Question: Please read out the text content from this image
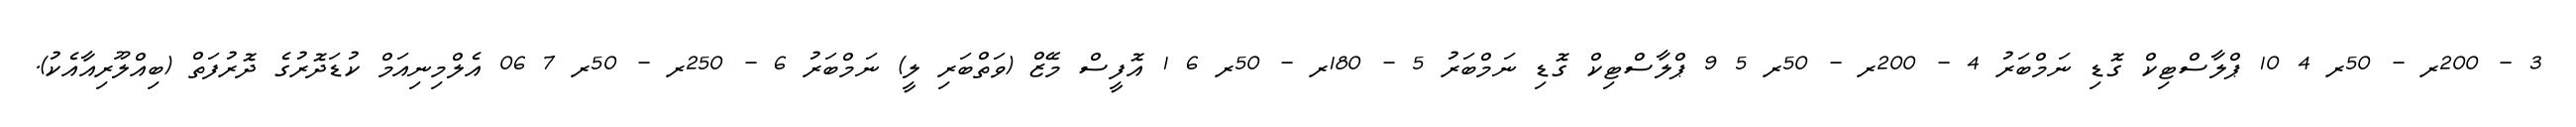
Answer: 3 - 200ރ - 50ރ 4 10 ޕްލާސްޓިކް ގޮޑި ނަމްބަރު 4 - 200ރ - 50ރ 5 9 ޕްލާސްޓިކް ގޮޑި ނަމްބަރު 5 - 180ރ - 50ރ 6 1 އޮފީސް މޭޒް (ވަތްބަރި ލީ) ނަމްބަރު 6 - 250ރ - 50ރ 7 06 އެލްމިނިއަމް ކުޑަދޮރުގެ ދޮރުފަތް (ބިއްލޫރިއާއެކު).